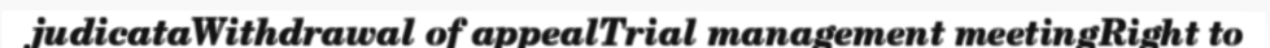
judicataWithdrawal of appealTrial management meetingRight to